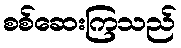
စစ်ဆေးကြသည်